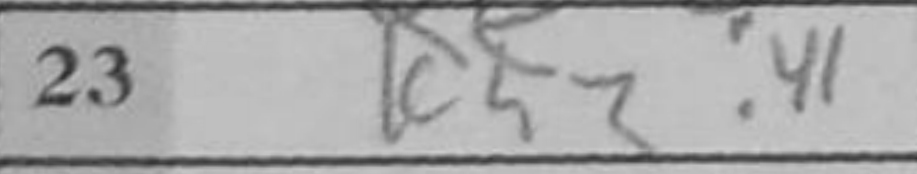
Transcription: Kh2